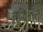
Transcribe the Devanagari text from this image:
तमिरात